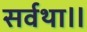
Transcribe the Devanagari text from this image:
सर्वथा॥